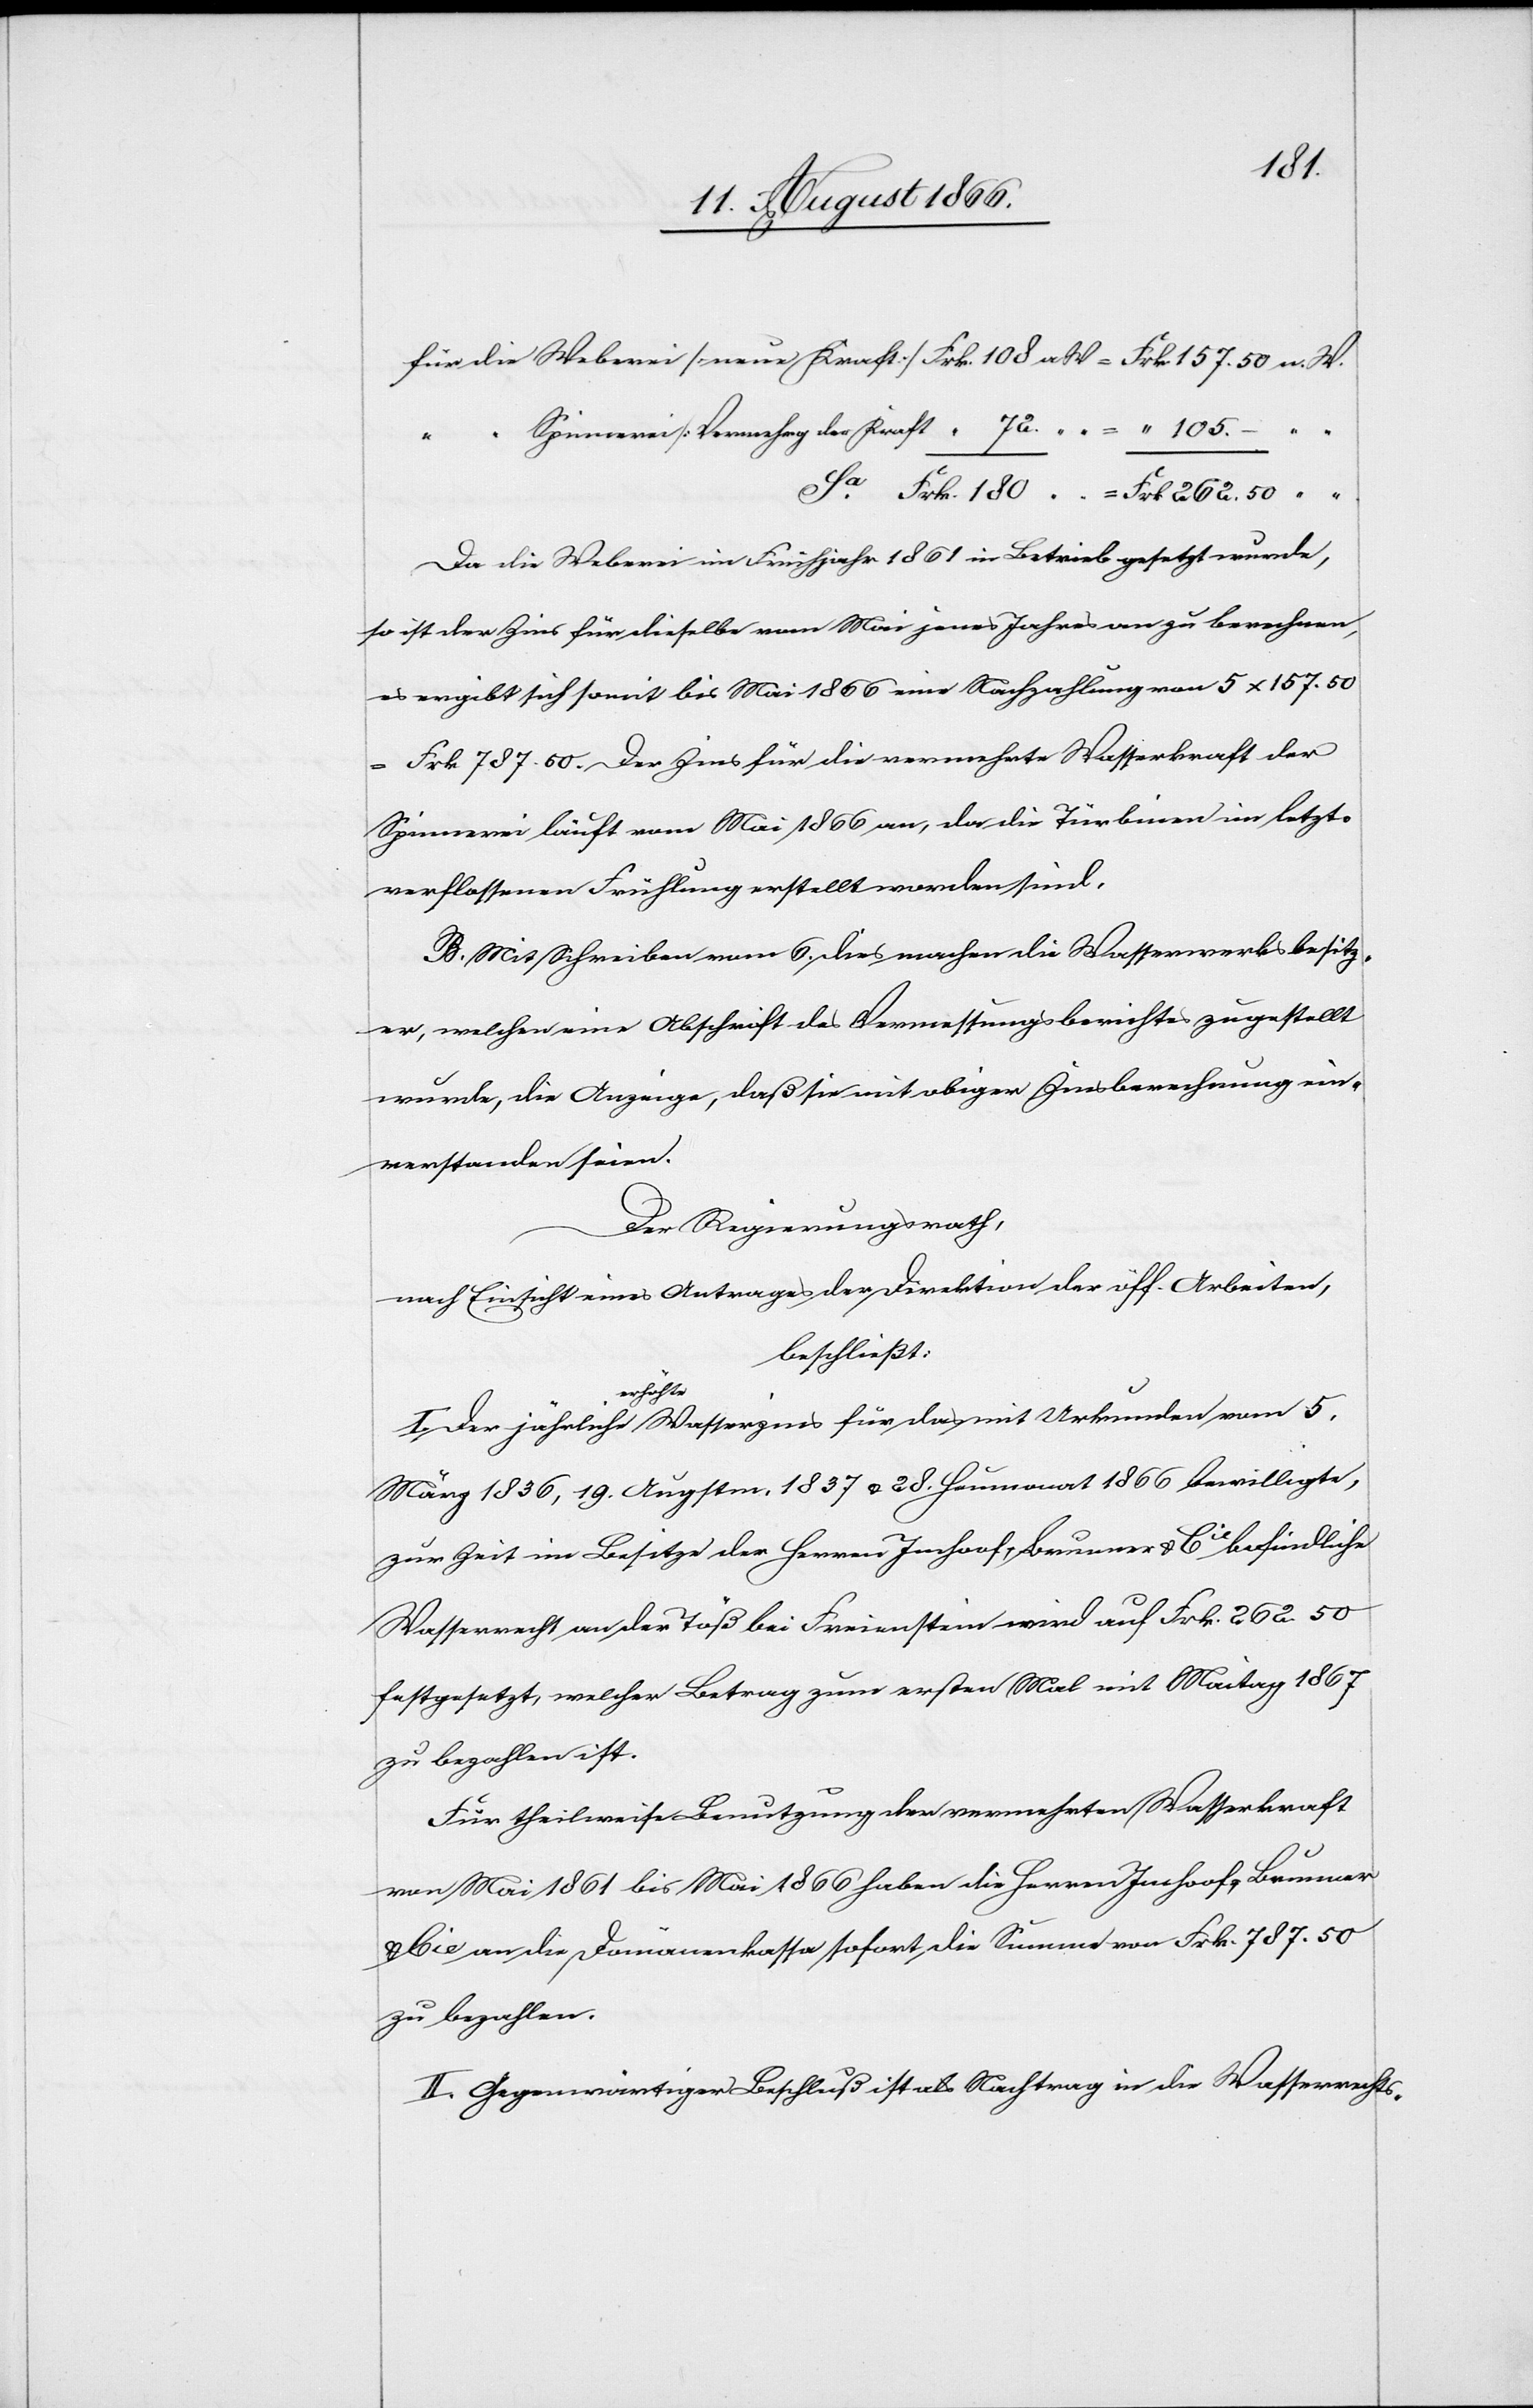
180
Spinnerei [Vermehrg der Kraft]
Da die Weberei im Frühjahr 1861 in Betrieb gesetzt wurde,
so ist der Zins für dieselbe vom Mai jenes Jahres an zu berechnen,
es ergibt sich somit bis Mai 1866 eine Nachzahlung von 5 x 157.50
Frk. 787.50. Der Zins für die vermehrte Wasserkraft der
n.
Spinnerei läuft vom Mai 1866 an, da die Türbinen im letzto
verflossenen Frühling erstellt worden sind.
B. Mit Schreiben vom 6. dies machen die Wasserwerksbesitz¬
er, welchen eine Abschrift des Vermessungsberichtes zugestellt
wurde, die Anzeige, daß sie mit obiger Zinsberechnung ein¬
verstanden sind.
Der Regierungsrath,
nach Einsicht eines Antrages der Direktion der öff. Arbeiten,
beschließt:
I. Der jährliche erhöhte Wasserzins für das mit Urkunden vom 5.
März 1836, 19. Augstm. 1837 u. 28. Heumonat 1866 bewilligte,
zur Zeit im Besitze der Herrn Imhoof, Brunner u. Cie befindliche
Wasserrecht an der Töß bei Freienstein wird auf Frk. 262.50
festgesetzt, welcher Betrag zum ersten Mal mit Maitag 1867
zu bezahlen ist.
Für theilweise Benutzung der vermehrten Wasserkraft
von Mai 1861 bis Mai 1866 haben die Herren Imhoof, Brunner
u. Cie an die Domänenkassa sofort die Summe von Frk. 787.50
zu bezahlen.
II. Gegenwärtiger Beschluß ist als Nachtrag in die Wasserrechts-